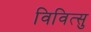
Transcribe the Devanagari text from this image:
विवित्सु